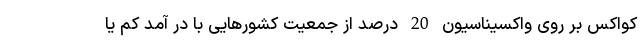
کواکس بر روی واکسیناسیون 20 درصد از جمعیت کشورهایی با در آمد کم یا